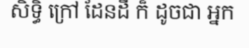
សិទ្ធិ ក្រៅ ដែនដី ក៏ ដូចជា អ្នក